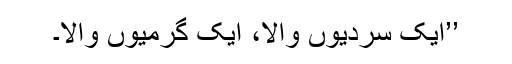
’’ایک سردیوں والا، ایک گرمیوں والا۔